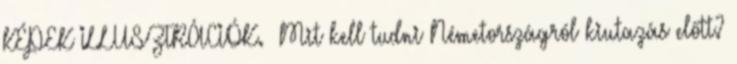
KÉPEK ILLUSZTRÁCIÓK. Mit kell tudni Németországról kiutazás előtt?